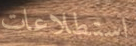
استطلاعات